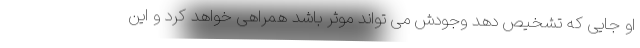
او جایی که تشخیص دهد وجودش می تواند موثر باشد همراهی خواهد کرد و این